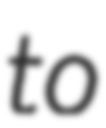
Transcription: to